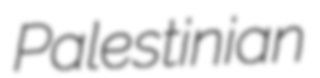
Palestinian